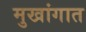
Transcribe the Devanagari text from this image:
मुखांगात